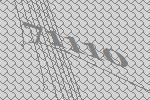
71110